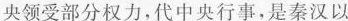
央领受部分权力，代中央行事，是秦汉以